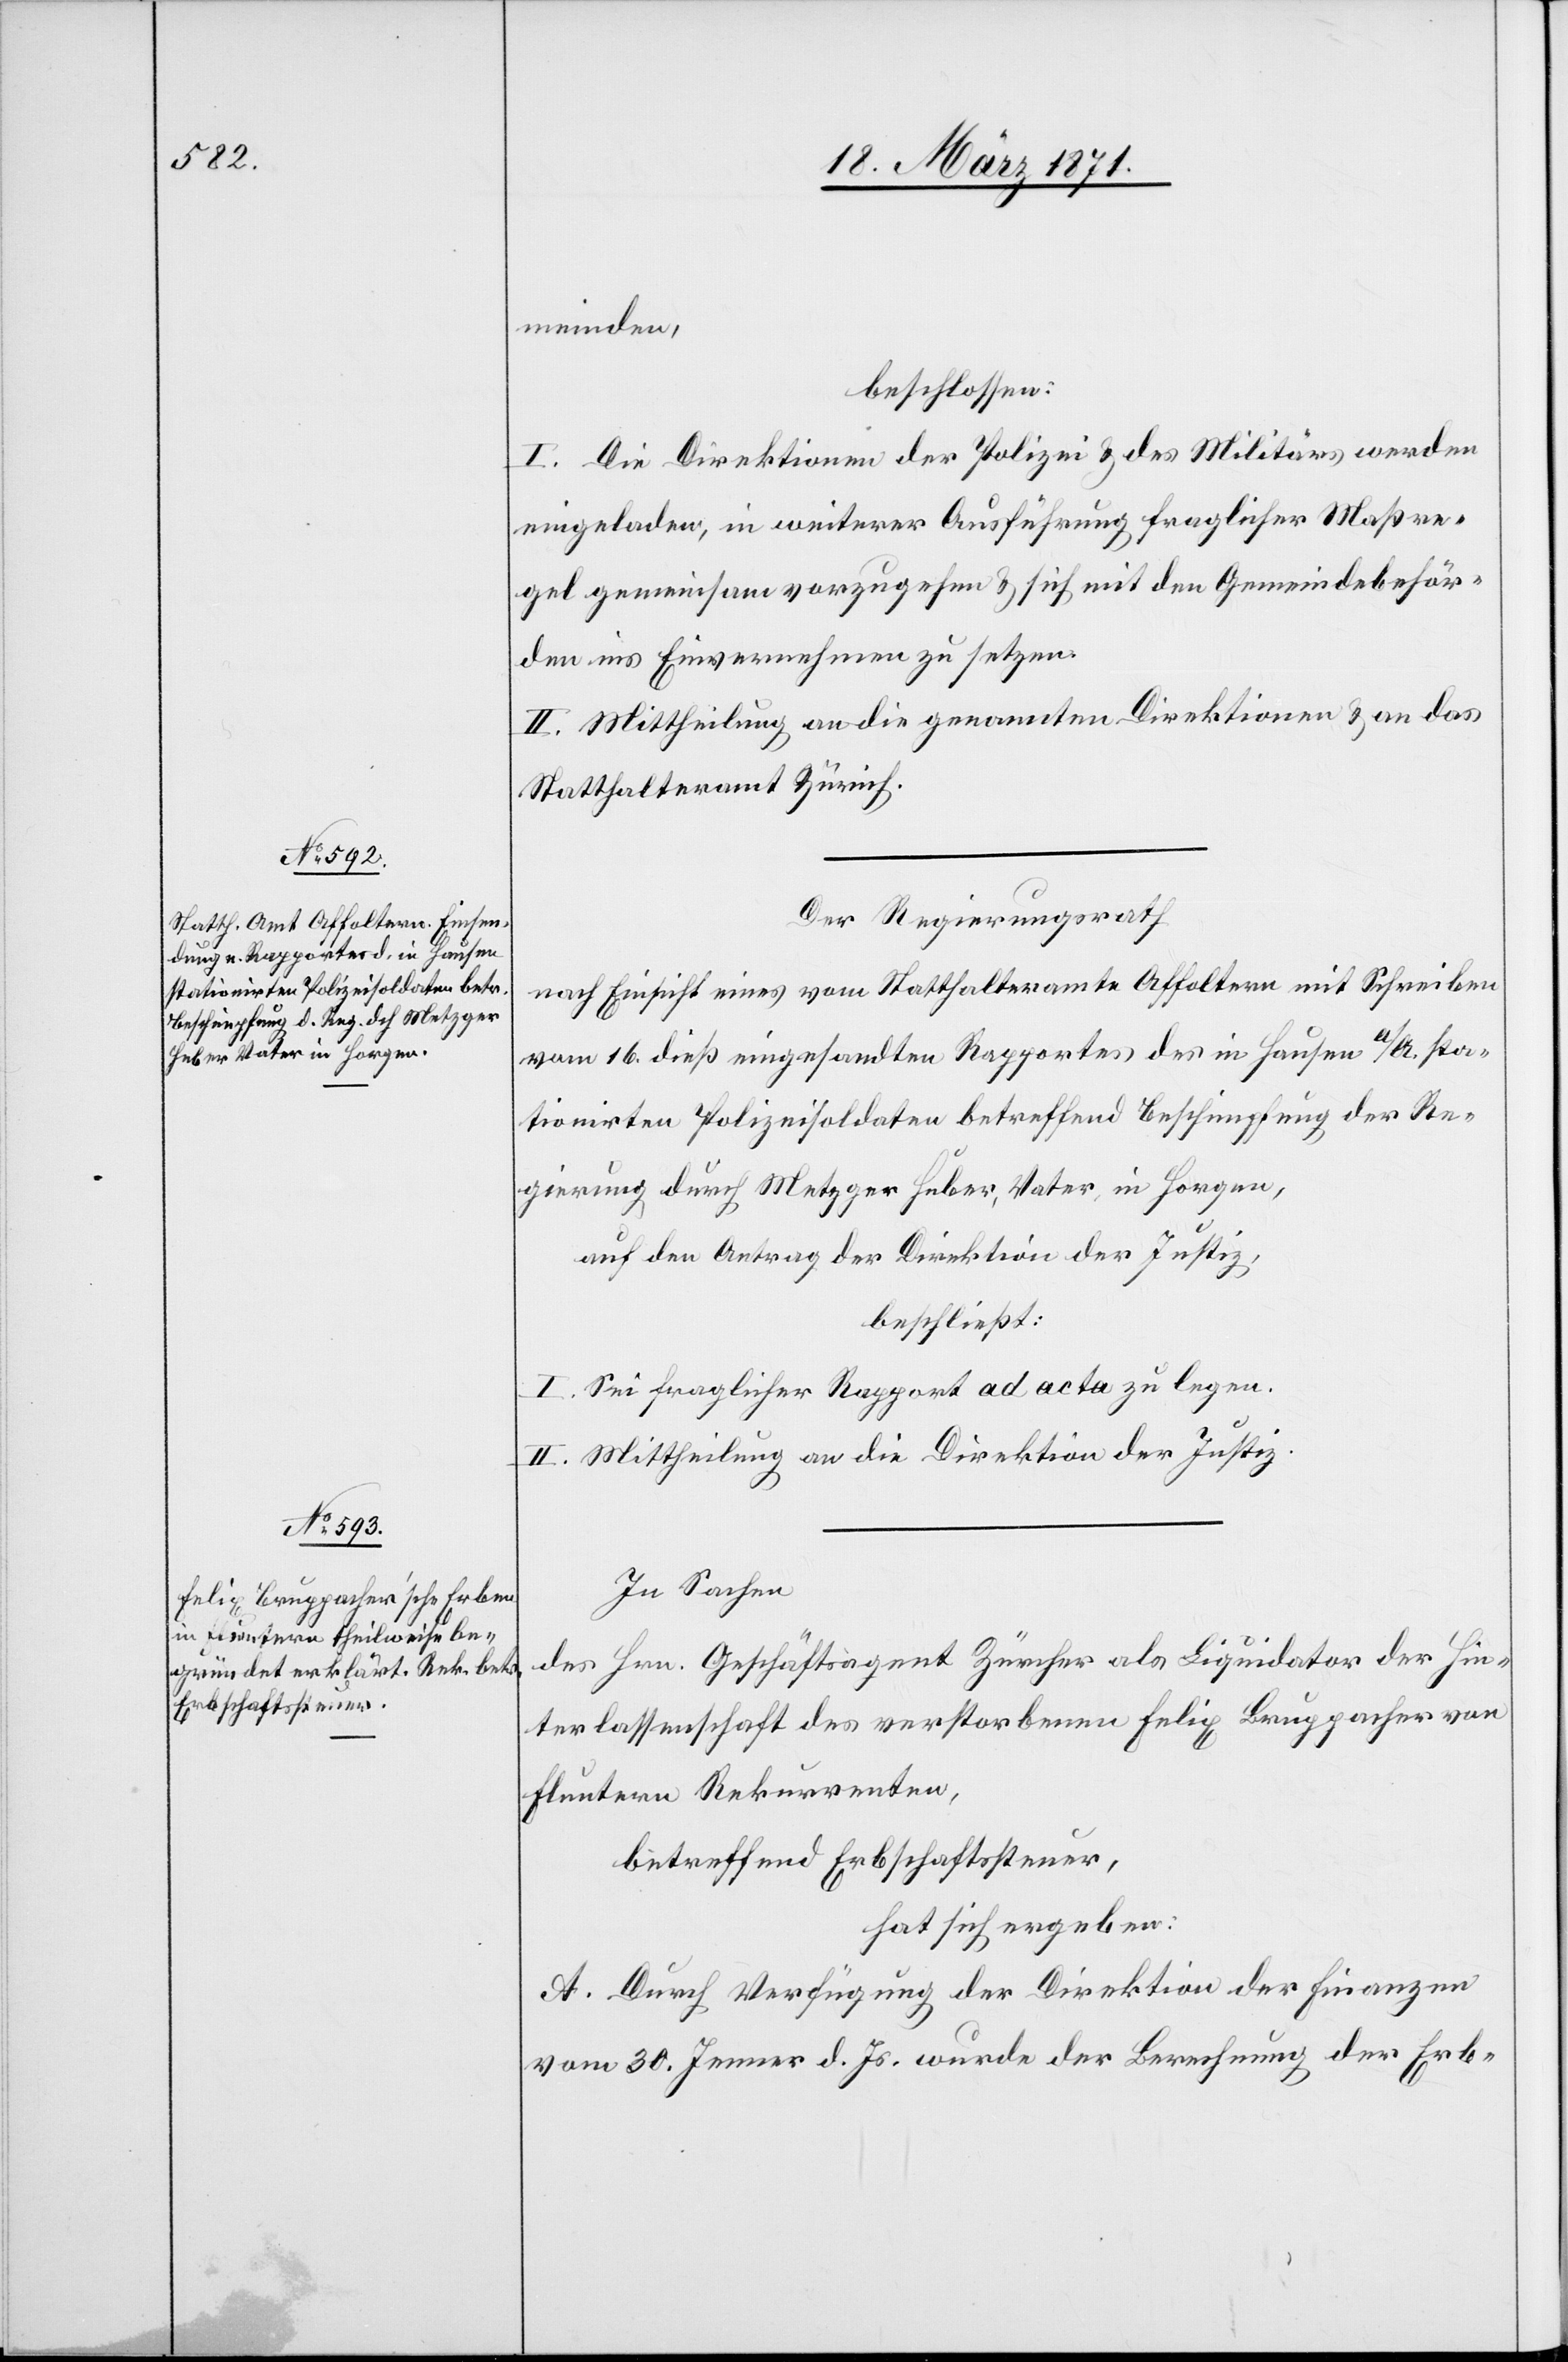
meinden,
beschlossen:
I. Die Direktion der Polizei u. des Militärs werden
eingeladen, in weiterer Ausführung fraglicher Maßre¬
gel gemeinsam vorzugehen u. sich mit den Gemeindebehör¬
den ins Einvernehmen zu setzen.
II. Mittheilung an die genannten Direktionen u. an das
Statthalteramt Zürich.
Der Regierungsrath
nach Einsicht eines vom Statthalteramte Affoltern mit Schreiben
vom 16. dieß eingesandten Rapportes des in Hausen a/A. sta¬
tionirten Polizeisoldaten betreffend Beschimpfung der Re¬
gierung durch Metzger Huber, Vater, in Horgen,
auf den Antrag der Direktion der Justiz,
beschließt:
I. Sei fraglicher Rapport ad acta zu legen.
II. Mittheilung an die Direktion der Justiz.
In Sachen
des Hrn. Geschäftsagent Zürcher als Liquidator der Hin¬
terlassenschaft des verstorbenen Felix Bruppacher von
Fluntern Rekurrenten,
betreffend Erbschaftssteuer,
hat sich ergeben:
A. Durch Verfügung der Direktion der Finanzen
vom 30. Jenner d. Js. wurde der Berechnung der Erb-